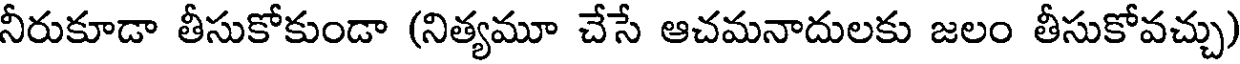
నీరుకూడా తీసుకోకుండా (నిత్యమూ చేసే ఆచమనాదులకు జలం తీసుకోవచ్చు)